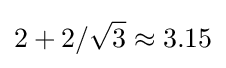
2+2/{\sqrt {3}}\approx 3.15